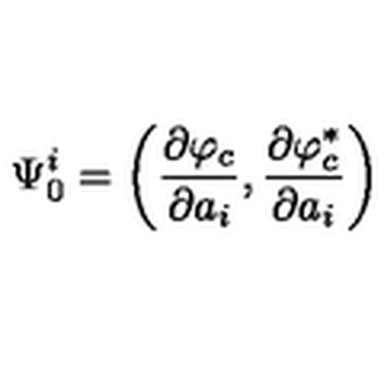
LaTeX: \Psi _ { 0 } ^ { i } = \left( \frac { \partial \varphi _ { c } } { \partial a _ { i } } , \frac { \partial \varphi _ { c } ^ { \ast } } { \partial a _ { i } } \right)